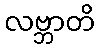
လဗ္ဘာတိ